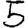
Digit: 5